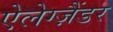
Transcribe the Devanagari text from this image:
ऐलेग्ज़ैंडर